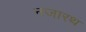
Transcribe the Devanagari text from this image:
नजारथ